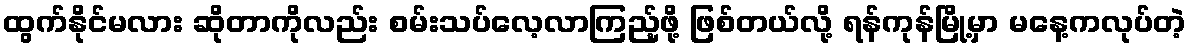
ထွက်နိုင်မလား ဆိုတာကိုလည်း စမ်းသပ်လေ့လာကြည့်ဖို့ ဖြစ်တယ်လို့ ရန်ကုန်မြို့မှာ မနေ့ကလုပ်တဲ့